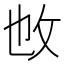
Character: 𢻱